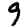
Digit: 9